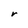
Character: r